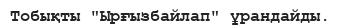
Тобықты "Ырғызбайлап" ұрандайды.